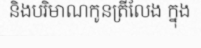
និងបរិមាណកូនត្រីលែង ក្នុង